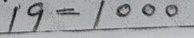
19 = 1000